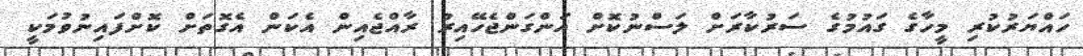
ހައްޔަރުކުރި މީހާގެ ގައުމުގެ ސަރުކާރަށް ލަސްނުކޮށް އަންގަންޖެހޭއިރު ރާއްޖެއިން އެކަން އެގޮތަށް ކޮށްފައިނުވުމަކީ